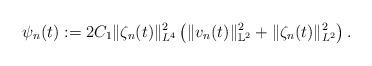
LaTeX: \begin{align*}\psi_n (t):=2 C_1 \|\zeta_n(t)\|^2_{L^4}\left(\|v_n(t)\|^2_{\mathbb{L}^2}+ \|\zeta_n(t)\|^2_{L^2}\right).\end{align*}